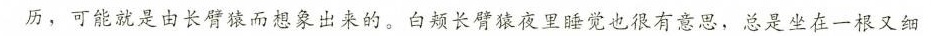
历，可能就是由长臂猿而想象出来的。白烦长臂猿夜睡觉也很有意思，总是坐在一又细